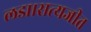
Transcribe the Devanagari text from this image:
लडा।सत्यजीत